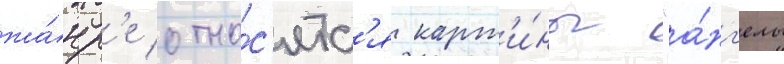
жа́нр'е отно́с'ятс'я карт'и́ны "а́нг'елы